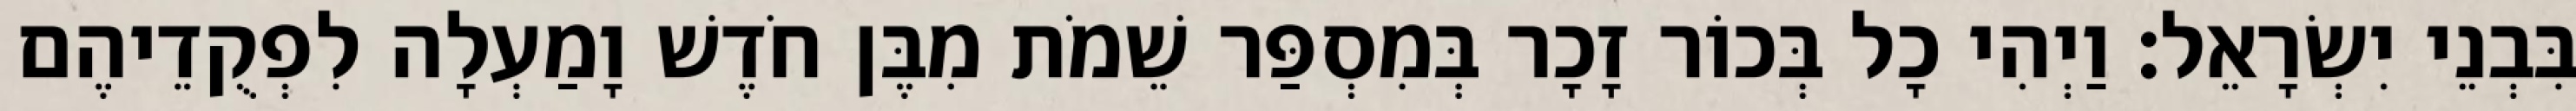
בִּבְנֵי יִשְׂרָאֵל׃ וַיְהִי כָל בְּכוֹר זָכָר בְּמִסְפַּר שֵׁמֹת מִבֶּן חֹדֶשׁ וָמַעְלָה לִפְקֻדֵיהֶם